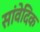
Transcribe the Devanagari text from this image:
सांवेदिक